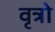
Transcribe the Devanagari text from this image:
वृत्रो